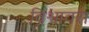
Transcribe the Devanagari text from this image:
विश्वावरा